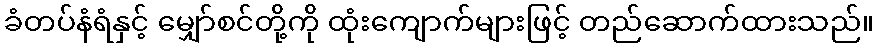
ခံတပ်နံရံနှင့် မျှော်စင်တို့ကို ထုံးကျောက်များဖြင့် တည်ဆောက်ထားသည်။